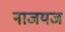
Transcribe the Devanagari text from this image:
नाजयज